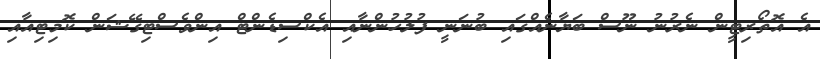
އެ އޮތޯރިޓީން ނެރުނު ނޫސް ބަޔާނެއްގައި ބުނަނީ ފުލުހުންނާއި އެކްސިޑެންޓް އިންވެސްޓިގޭޝަން ކޮމިޓިއާއި